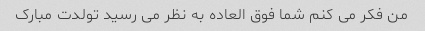
من فکر می کنم شما فوق العاده به نظر می رسید تولدت مبارک